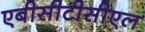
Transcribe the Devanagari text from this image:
एबीसीटीसीएल